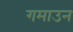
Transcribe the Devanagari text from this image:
गमाउन